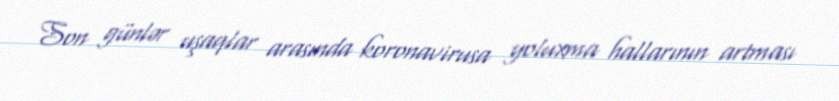
Son günlər uşaqlar arasında koronavirusa yoluxma hallarının artması